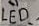
Text: LED_1